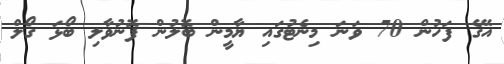
އޭގެ ފަހުން 70 ވަނަ މިނެޓުގައި ޔާމީން ބޮލުން ފޮނުވާލި ބޯޅަ ގޯލް